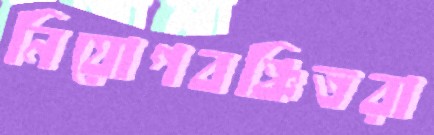
নিয়োগবঞ্চিতরা